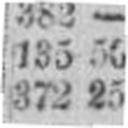
372 25